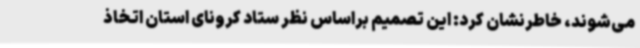
می‌شوند، خاطرنشان کرد: این تصمیم براساس نظر ستاد کرونای استان اتخاذ